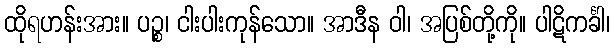
ထိုရဟန်းအား။ ပဉ္စ၊ ငါးပါးကုန်သော။ အာဒီန ဝါ၊ အပြစ်တို့ကို။ ပါဋိကင်္ခါ၊